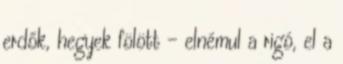
erdők, hegyek fölött - elnémul a rigó, el a